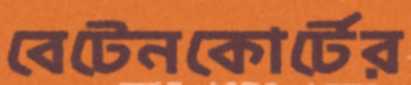
বেটেনকোর্টের